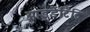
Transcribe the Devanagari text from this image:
आइडेंटिटि